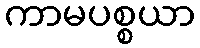
ကာမပစ္စယာ